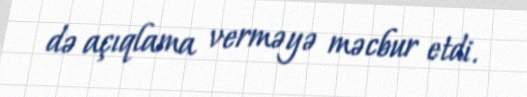
də açıqlama verməyə məcbur etdi.